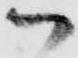
ハ